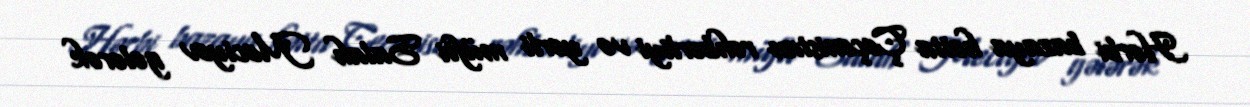
Hərbi bazaya hətta Çeçenistan rəhbərliyi və yerli müfti Salah Meciyev gələrək